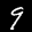
Label: 9